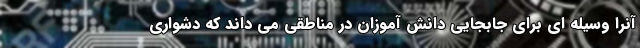
آنرا وسیله ای برای جابجایی دانش آموزان در مناطقی می داند که دشواری